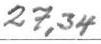
27,34